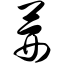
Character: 茜